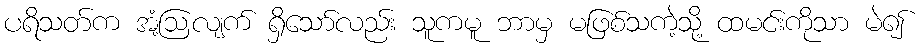
ပရိသတ်က အံ့ဩလျက် ရှိသော်လည်း သူကမူ ဘာမှ မဖြစ်သကဲ့သို့ ထမင်းကိုသာ မဲ၍